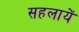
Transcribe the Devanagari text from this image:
सहलायें